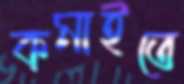
কমাইতে